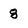
Character: 8